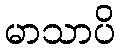
မာသာပိ